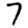
Digit: 7